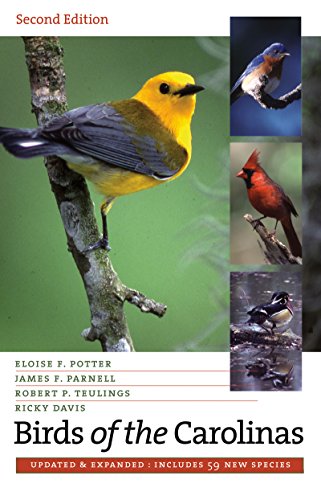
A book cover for Birds of the Carolinas; Eloise F. Potter; Travel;